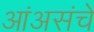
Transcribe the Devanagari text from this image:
आंअसंचे